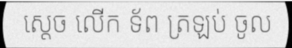
ស្តេច លើក ទ័ព ត្រឡប់ ចូល